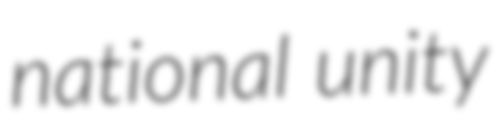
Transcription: national unity